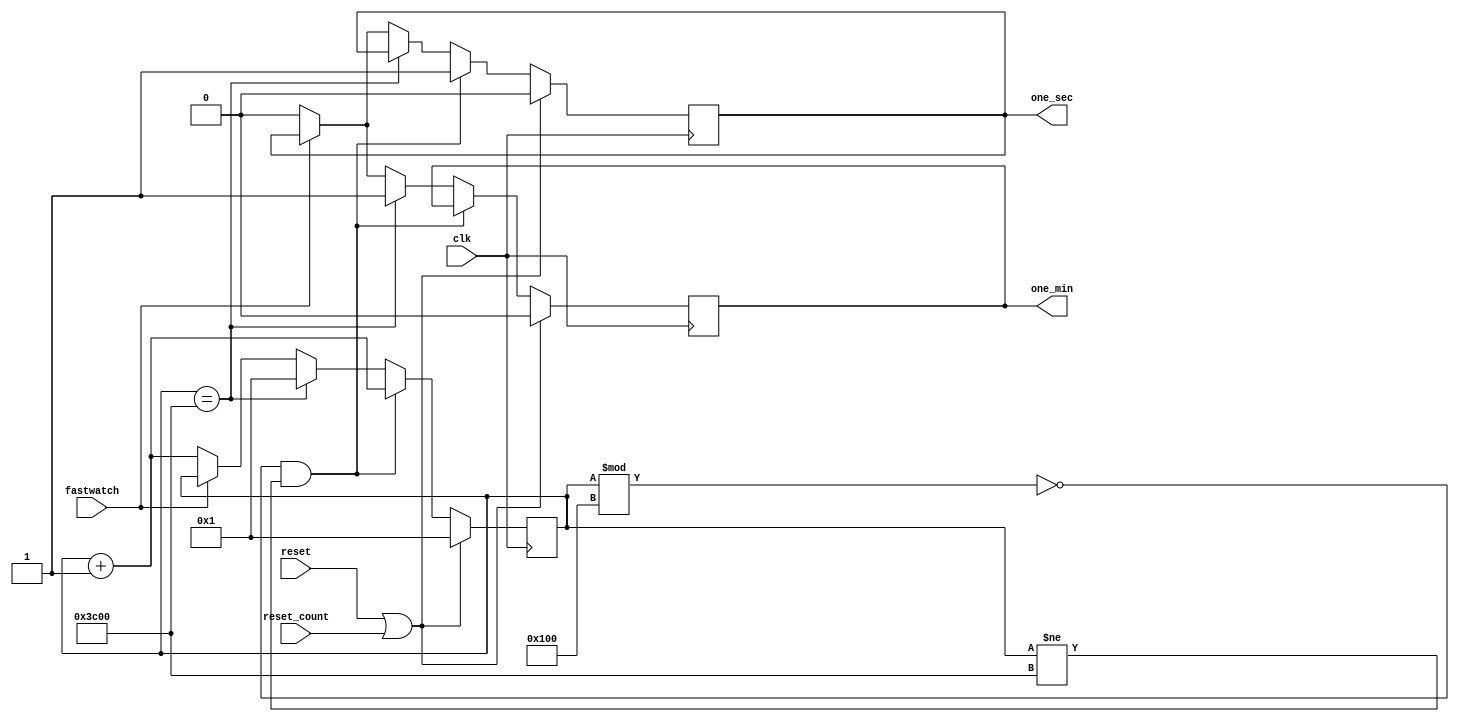
module time_generator(
input clk,
input reset,
input reset_count,
input fastwatch,
output reg one_min,
output reg one_sec);

reg [14:0]count = 14'd1;
always@(posedge clk)
begin
if(reset || reset_count)
	begin
		one_min <= 1'b0;
		one_sec <= 1'b0;
		count <= 14'd1;
	end
else if(count%14'd256 == 0 && count!=15360)
	begin
		one_sec <=1'b1;
		count <= count +14'd1;
	end
else if(count == 14'd15360)
	begin
		one_min <=1'b1;
		count <= 14'd1;
	end
else if(fastwatch)
	begin
		one_min <= one_sec;
	end
else
	begin
		count <= count +1;
		one_sec <= 1'b0;
		one_min <= 1'b0;
	end
end

endmodule